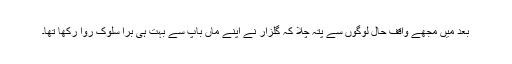
بعد میں مجھے واقفِ حال لوگوں سے پتہ چلا کہ گلزار نے اپنے ماں باپ سے بہت ہی برا سلوک روا رکھا تھا۔